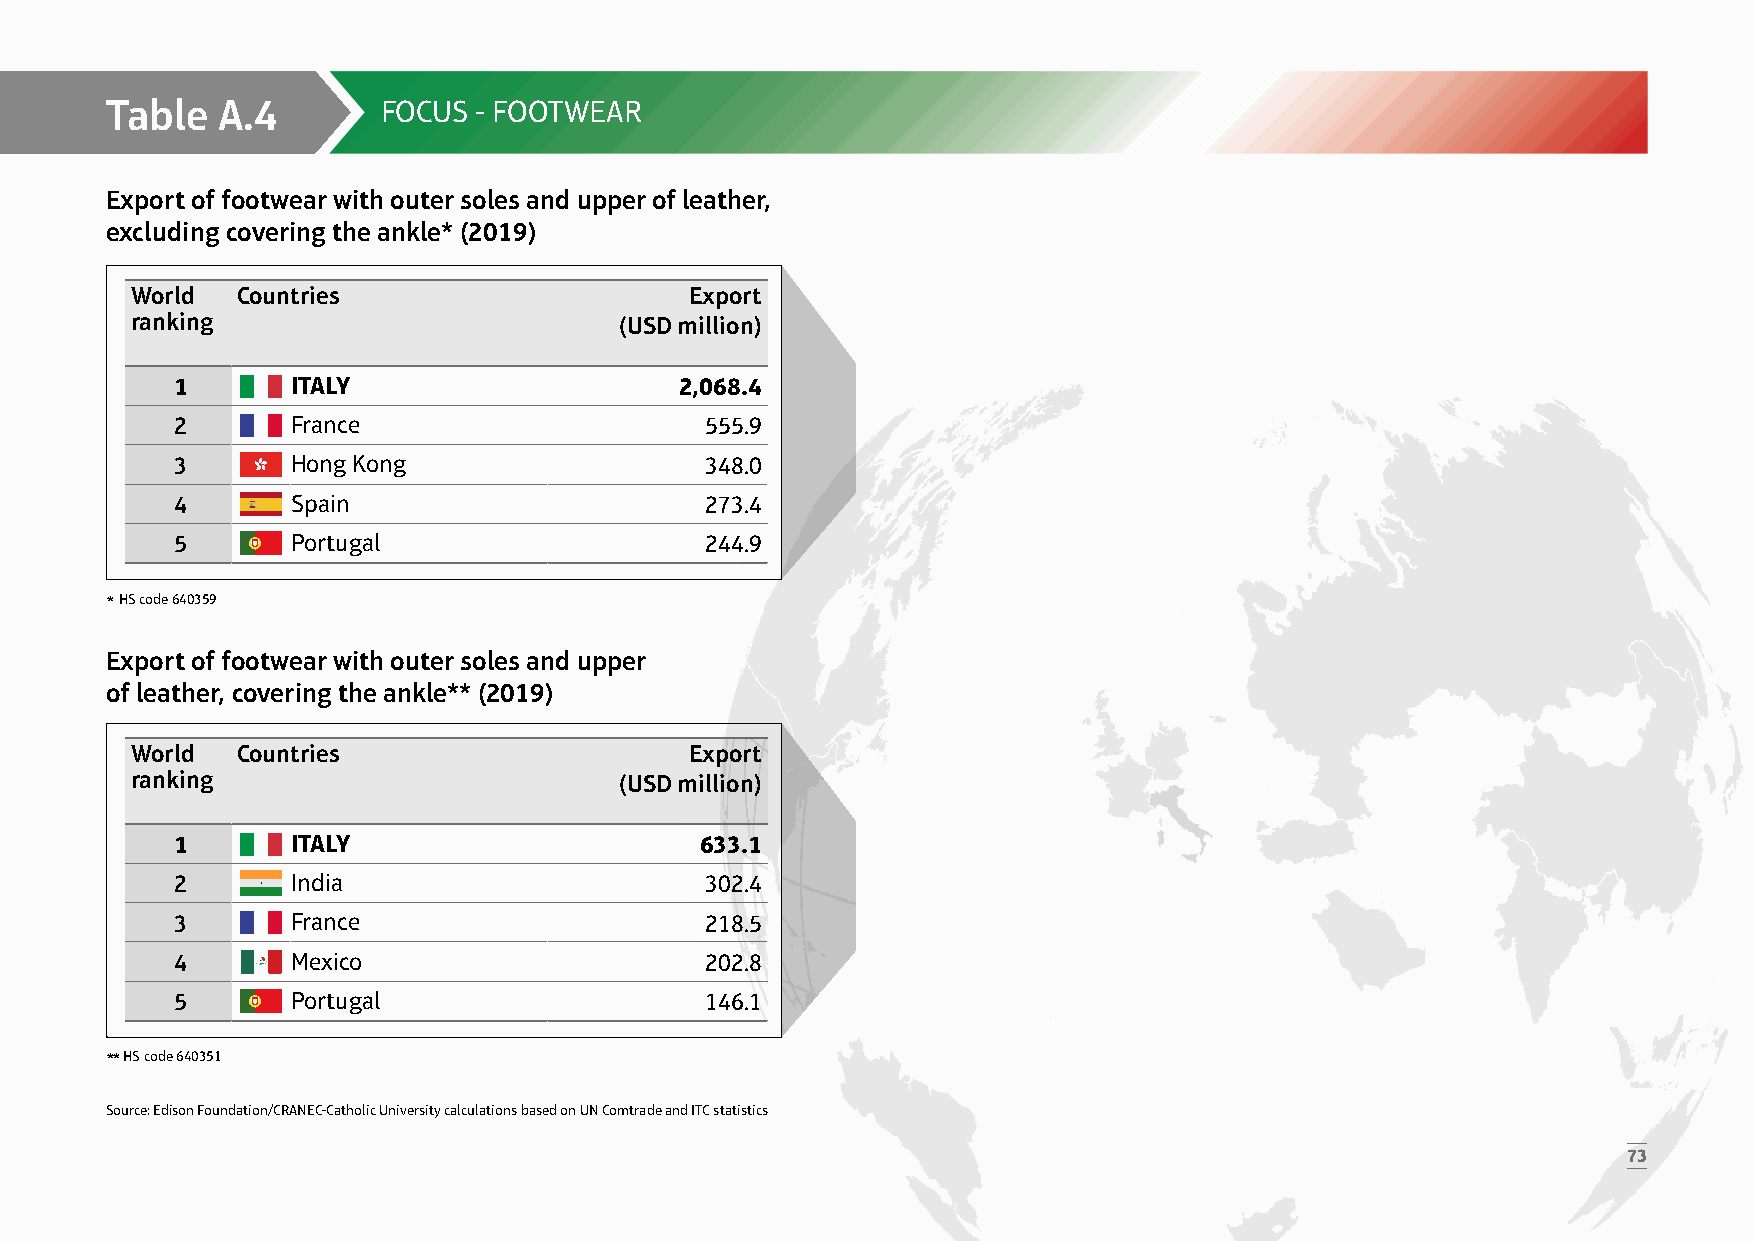
Table  A.4        FOCUS  - FOOTWEAR
 Export of footwear with outer soles and upper of leather,
 excluding covering the ankle* (2019)
 World  Countries                     Export
 ranking                         (USD million)
 1      ITALY                     2,068.4
 2      France                      555.9
 3      Hong Kong                   348.0
 4      Spain                       273.4
 5      Portugal                    244.9
 * HS code 640359
 Export of footwear with outer soles and upper
 of leather, covering the ankle** (2019)
 World  Countries                     Export
 ranking                         (USD million)
 1      ITALY                      633.1
 2      India                       302.4
 3      France                      218.5
 4      Mexico                      202.8
 5      Portugal                    146.1
 ** HS code 640351
 Source: Edison Foundation/CRANEC-Catholic University calculations based on UN Comtrade and ITC statistics
 73